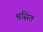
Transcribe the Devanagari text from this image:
श्वसित